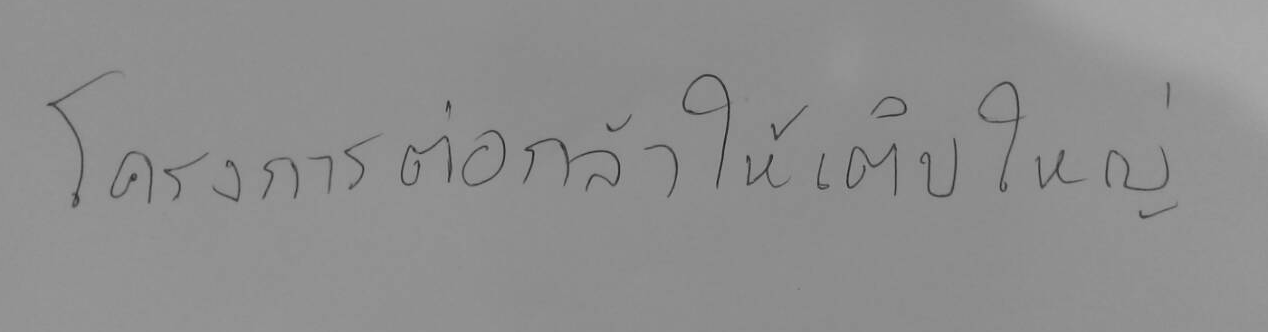
โครงการต่อกล้าให้เติมใหญ่